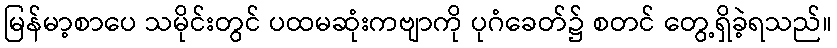
မြန်မာ့စာပေ သမိုင်းတွင် ပထမဆုံးကဗျာကို ပုဂံခေတ်၌ စတင် တွေ့ရှိခဲ့ရသည်။